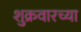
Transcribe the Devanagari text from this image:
शुक्रवारच्या